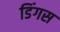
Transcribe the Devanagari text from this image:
डिंगस